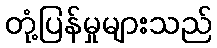
တုံ့ပြန်မှုများသည်